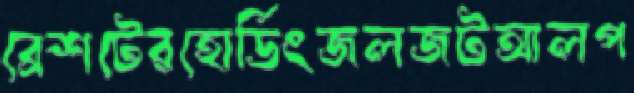
ব্রেশটেরহোর্ডিংজলজটআলপ